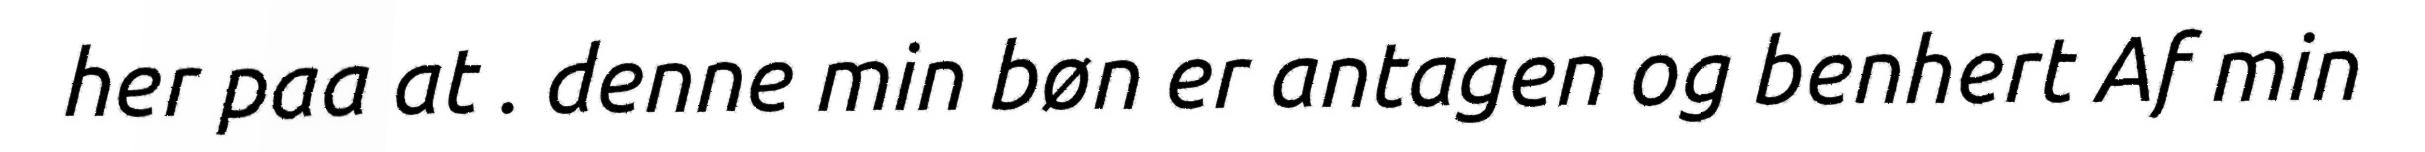
her paa at . denne min bøn er antagen og benhert Af min